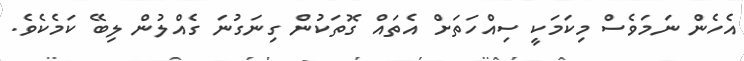
އެހެން ނަމަވެސް މިކަމަކީ ސިއްހަތަށް އެތައް ގޮތަކުން ގިނަގުނަ ގެއްލުން ލިބޭ ކަމެކެވެ.